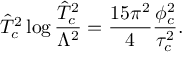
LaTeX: \hat { T } _ { c } ^ { 2 } \log { \frac { \hat { T } _ { c } ^ { 2 } } { \Lambda ^ { 2 } } } = \frac { 1 5 \pi ^ { 2 } } { 4 } \frac { \phi _ { c } ^ { 2 } } { \tau _ { c } ^ { 2 } } .